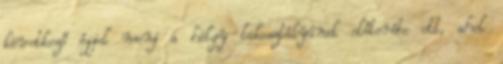
következő éjjel menj a hölgy lakosztályának előterébe ott, ahol